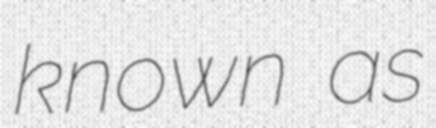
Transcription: known as